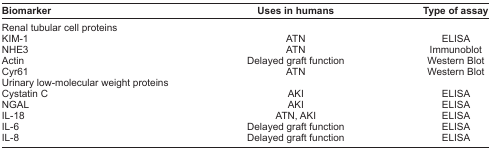
| Biomarker | Uses in humans | Type of assay |
 | --- | --- | --- |
 | <COLSPAN=3> Renal tubular cell proteins |
 | KIM-1 | ATN | ELISA |
 | NHE3 | ATN | Immunoblot |
 | Actin | Delayed graft function | Western Blot |
 | Cyr61 | ATN | Western Blot |
 | <COLSPAN=3> Urinary low-molecular weight proteins |
 | Cystatin C | AKI | ELISA |
 | NGAL | AKI | ELISA |
 | IL-18 | ATN, AKI | ELISA |
 | IL-6 | Delayed graft function | ELISA |
 | IL-8 | Delayed graft function | ELISA |